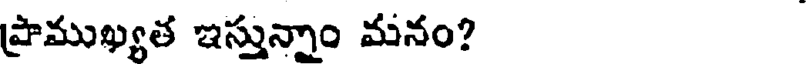
ప్రాముఖ్యత ఇస్తున్నాం మనం?